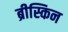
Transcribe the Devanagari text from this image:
ब्रीस्किन